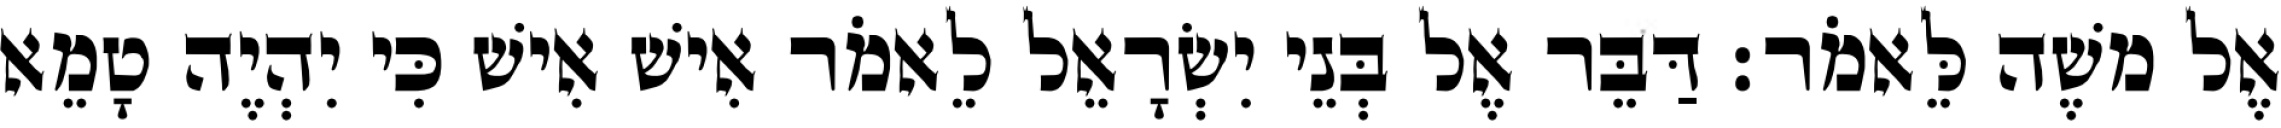
אֶל משֶׁה לֵּאמֹר׃ דַּבֵּר אֶל בְּנֵי יִשְׂרָאֵל לֵאמֹר אִישׁ אִישׁ כִּי יִהְיֶה טָמֵא